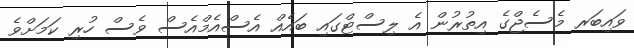
ވައިބަރ މެސެޖްގެ އިތުރުން އެ ލިސްޓްގައި ބައެއް އެސްއެމްއެސް ވެސް ހުރި ކަމަށްވެ